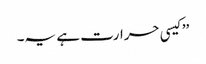
’’کیسی حرارت ہے یہ۔